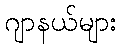
ဂျာနယ်များ